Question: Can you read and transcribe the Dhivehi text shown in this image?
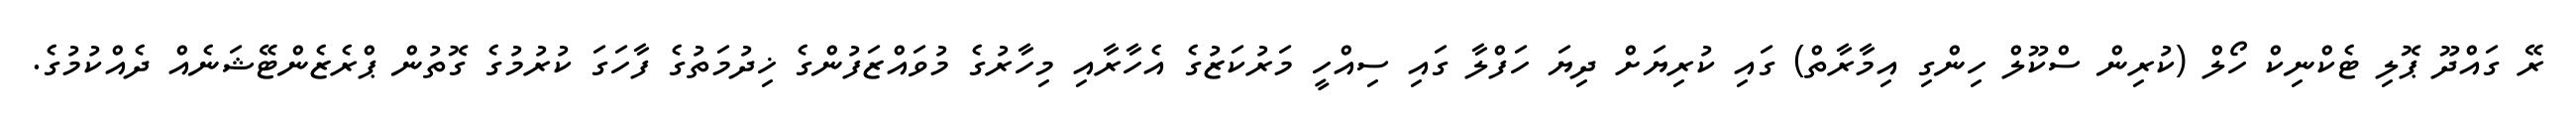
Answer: ރޭ ގައްދޫ ޕޮލި ޓެކްނިކް ހޯލް (ކުރިން ސްކޫލް ހިންގި އިމާރާތް) ގައި ކުރިޔަށް ދިޔަ ހަފްލާ ގައި ސިއްހީ މަރުކަޒުގެ އެހާރާއި މިހާރުގެ މުވައްޒަފުންގެ ޚިދުމަތުގެ ފާހަގަ ކުރުމުގެ ގޮތުން ޕްރެޒެންޓޭޝަނެއް ދެއްކުމުގެ.